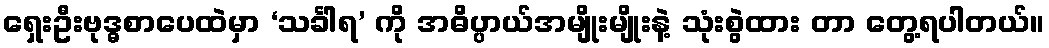
ရှေးဦးဗုဒ္ဓစာပေထဲမှာ ‘သင်္ခါရ’ ကို အဓိပ္ပာယ်အမျိုးမျိုးနဲ့ သုံးစွဲထား တာ တွေ့ရပါတယ်။